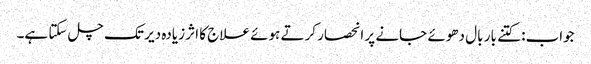
جواب: کتنے بار بال دھوئے جانے پر انحصار کرتے ہوئے علاج کا اثر زیادہ دیر تک چل سکتا ہے۔